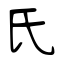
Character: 氏